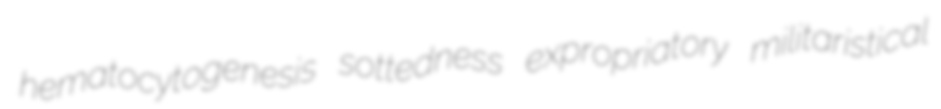
hematocytogenesis sottedness expropriatory militaristical